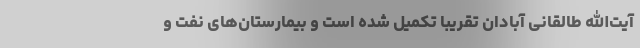
آیت‌الله طالقانی آبادان تقریبا تکمیل شده است و بیمارستان‌های نفت و